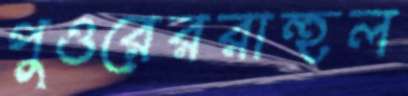
পুওরেররাহুল